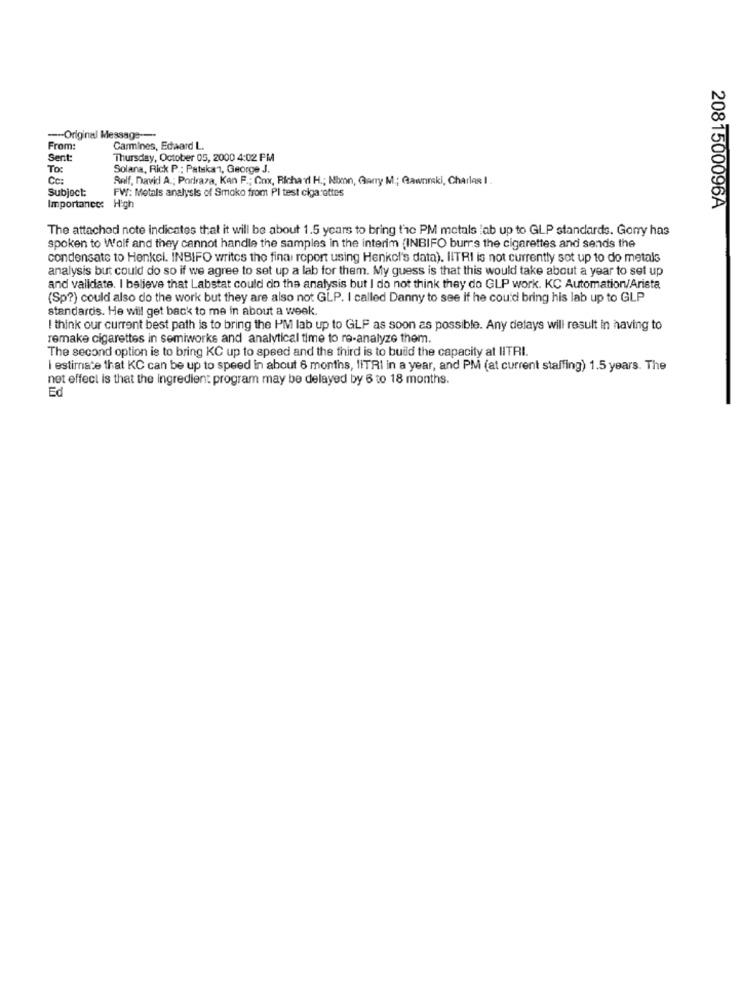
-Original Message ---
From:
Carmines, Edaard L.
Sent:
Thursday, October 05, 2000 4:02 PM
To:
Solana, Rick P .; Patskan, George J.
Cc:
Rolf, David A .; Poriraza, Kan F .; Cox, Richard H .; Nixon, Garry M .; Gawnrski, Charles I .
Subject:
FW: Metals analysis of Smoke from Pl test cigarettes
Importance:
High
2081500096A
The attached note indicates that it will be about 1.5 years to bring tre PM metals :ab up to GLP standards. Gorry has
spoken to Wolf and they cannot handle the samples in the interim (INBIFO burrs the cigarettes and sends the
condensate to Henkel. INBIFO writes the final report using Henkel's data). IlTRI is not currently sot up to do metals
analysis but could do so if we agree to set up a lab for them. My guess is that this would take about a year to set up
and validate. I believe that Labstat could do the analysis but I do not think they do GLP work. KC Automation/Arista
(Sp?) could also do the work but they are also not GLP. I called Danny to see if he could bring his lab up to GLP
standards. He will get back to me in about a week.
I think our current best path is to bring the I'M lab up to GLP as soon as possible. Any delays will result in having to
remake cigarettes in semiworks and analytical time to re-analyze them.
The second option is to bring KC up to speed and the third is to build the capacity at IITRI.
I estimate that KC can be up to speed in about 6 months, IlTRI in a year, and PM (at current staffing) 1.5 years. The
net effect is that the ingredient program may be delayed by 6 to 18 months.
Ed